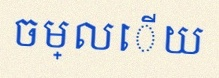
ចម្លើយ